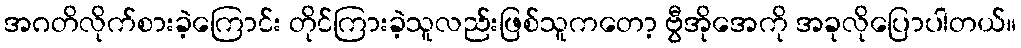
အဂတိလိုက်စားခဲ့ကြောင်း တိုင်ကြားခဲ့သူလည်းဖြစ်သူကတော့ ဗွီအိုအေကို အခုလိုပြောပါတယ်။